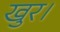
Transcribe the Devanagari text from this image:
खुर।